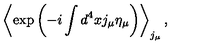
\left< \exp \left( - i \int d ^ { 4 } x j _ { \mu } \eta _ { \mu } \right) \right> _ { j _ { \mu } } ,